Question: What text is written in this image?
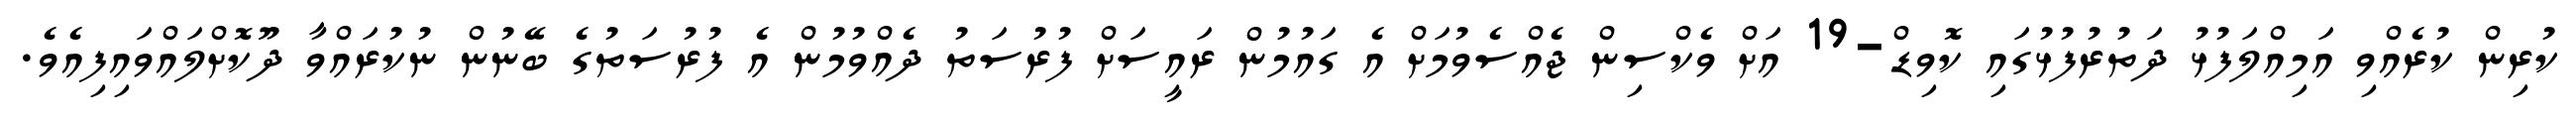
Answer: ކުރިން ކުރެއްވި އަމިއްލަފުޅު ދަތުރުފުޅުގައި ކޮވިޑް-19 އަށް ވެކްސިން ޖެއްސެވުމަށް އެ ގައުމުން ރައީސަށް ފުރުސަތު ދެއްވުމުން އެ ފުރުސަތުގެ ބޭނުން ނުކުރައްވާ ދޫކޮށްލައްވައިފިއެވެ.